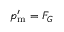
p _ { \mathrm { m } } ^ { \prime } = { \cal F } _ { G }